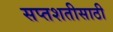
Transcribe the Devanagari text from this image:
सप्तशतीसाठी